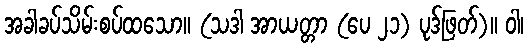
အခါခပ်သိမ်းစပ်ထသော။ (သဒါ အာယတ္တာ (ပေ ၂၁) ပုဒ်ဖြတ်)။ ဝါ၊